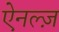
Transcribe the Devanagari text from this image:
ऐनल्ज़